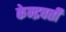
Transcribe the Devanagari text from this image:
केन्द्रवर्ती